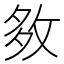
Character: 𡖙